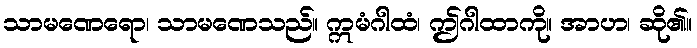
သာမဏေရော၊ သာမဏေသည်။ ဣမံဂါထံ၊ ဤဂါထာကို။ အာဟ၊ ဆို၏။